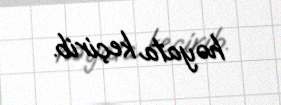
həyata keçirib.